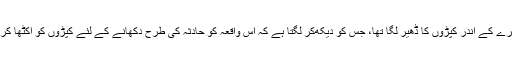
انہوں نے کہا، ‘ کمرے کے اندر کپڑوں کا ڈھیر لگا تھا، جس کو دیکھ‌کر لگتا ہے کہ اس واقعہ کو حادثہ کی طرح دکھانے کے لئے کپڑوں کو اکٹھا کر کےآگ لگائی گئی۔